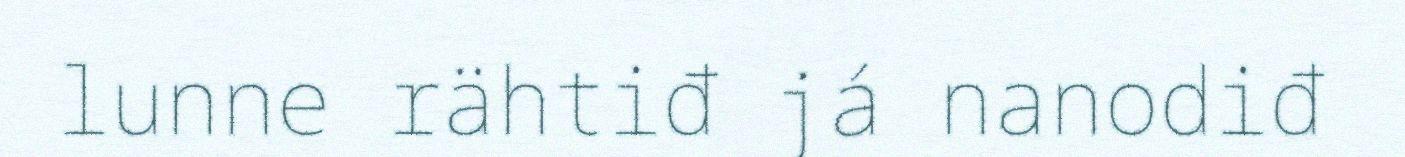
lunne rähtiđ já nanodiđ